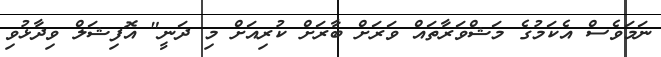
ނަމަވެސް އެކަމުގެ މަޝްވަރާތައް ވަރަށް ބާރަށް ކުރިއަށް މި ދަނީ" އޮފިޝަލް ވިދާޅުވި